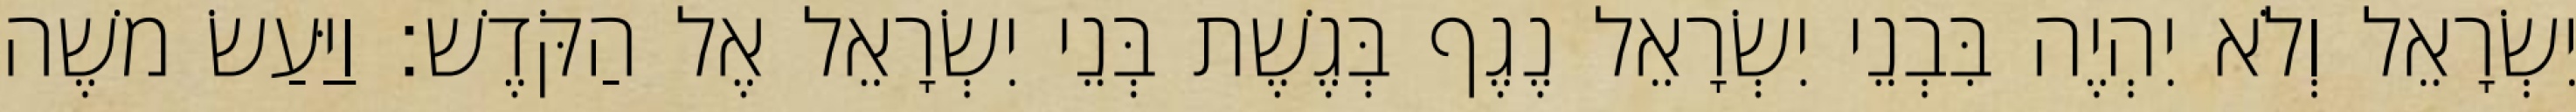
יִשְׂרָאֵל וְלֹא יִהְיֶה בִּבְנֵי יִשְׂרָאֵל נֶגֶף בְּגֶשֶׁת בְּנֵי יִשְׂרָאֵל אֶל הַקֹּדֶשׁ׃ וַיַּעַשׂ משֶׁה